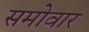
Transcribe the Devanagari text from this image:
समोवार